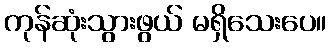
ကုန်ဆုံးသွားဖွယ် မရှိသေးပေ။